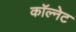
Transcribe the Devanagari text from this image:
कॉल्नेट